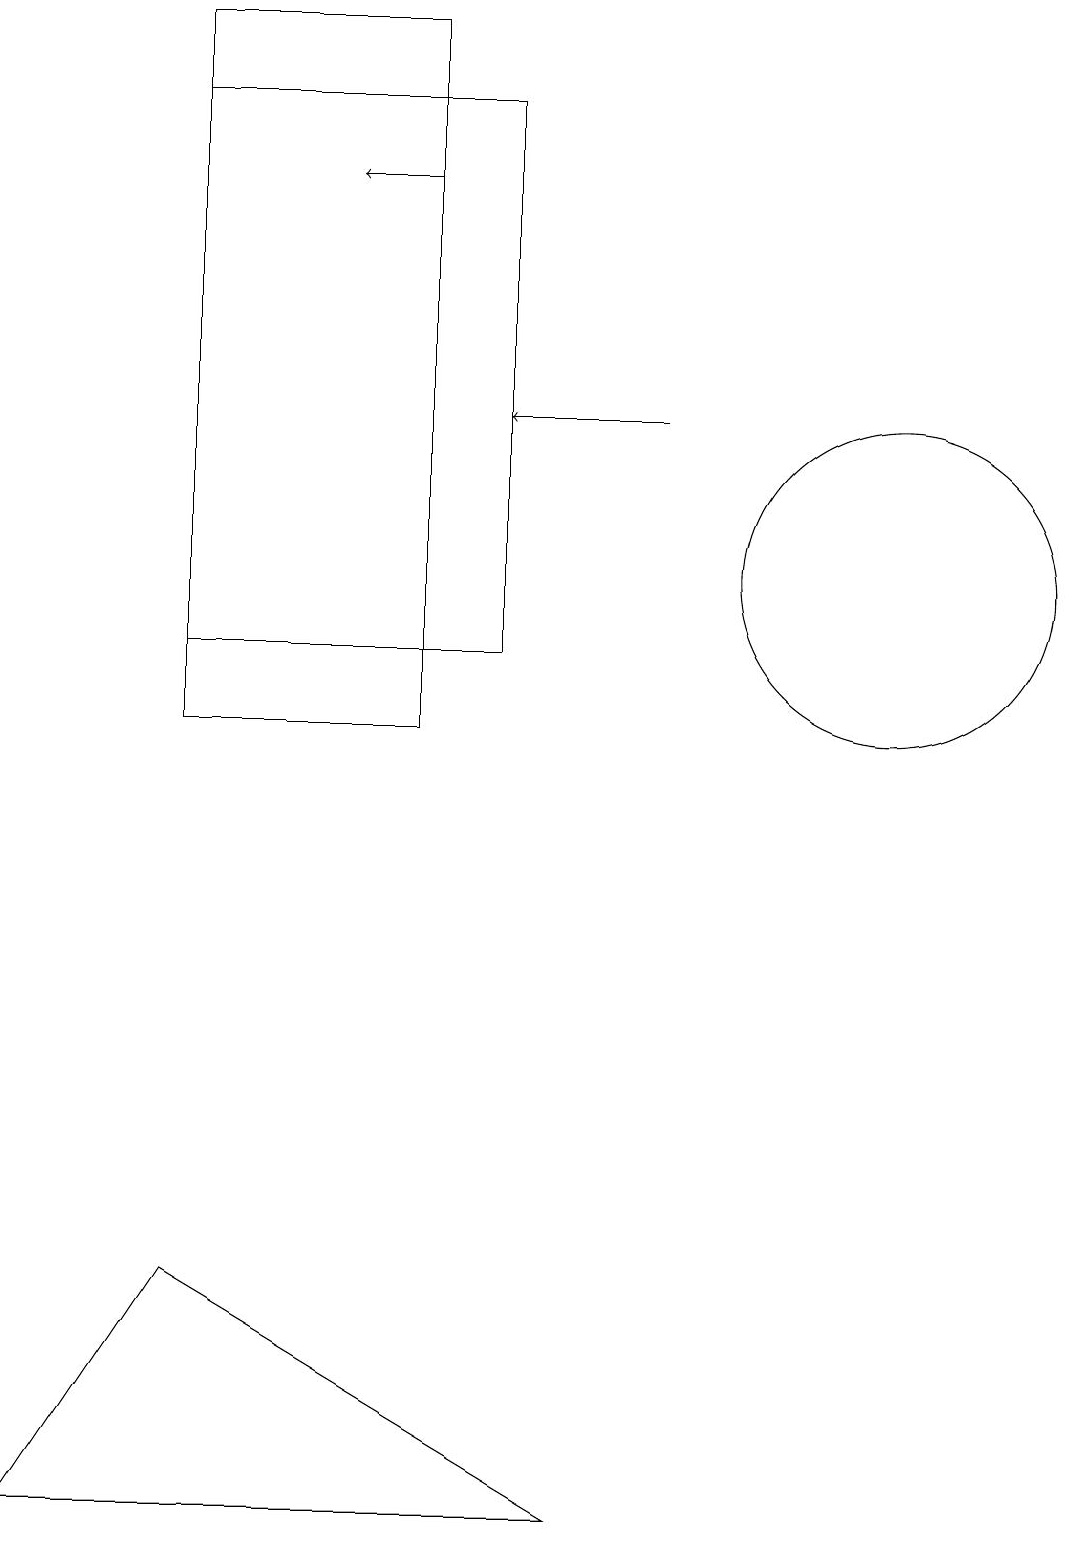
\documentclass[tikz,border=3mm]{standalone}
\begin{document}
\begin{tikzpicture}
\draw[->] (5,17) -- (4,17);
\draw (11,12) circle (2);
\draw (6,11) rectangle (2,18);
\draw (0,0) -- (7,0) -- (2,3) -- cycle;
\draw[->] (8,14) -- (6,14);
\draw (2,19) rectangle (5,10);
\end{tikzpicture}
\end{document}